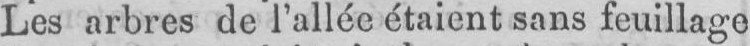
Les arbres de l’allée étaient sans feuillage